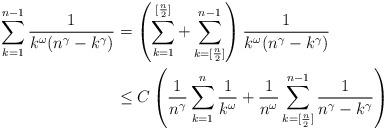
LaTeX: \begin{align*}\begin{aligned}\sum_{k=1}^{n-1} \frac{1}{k^{\omega}(n^\gamma-k^\gamma) } &= \left( \sum_{k=1}^{[\frac n2]} + \sum_{k=[\frac n2] }^{n-1} \right) \frac{1}{k^{\omega}(n^\gamma-k^\gamma)}\\& \leq C \left( \frac{1}{n^\gamma} \sum_{k=1}^{n} \frac{1}{k^{\omega}} + \frac{1}{n^\omega} \sum_{k=[\frac n2]}^{n-1}\frac{1}{n^\gamma-k^\gamma}\right)\end{aligned}\end{align*}